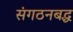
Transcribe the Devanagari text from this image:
संगठनबद्ध